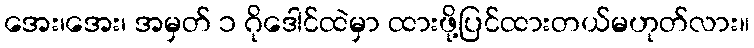
အေး၊အေး၊ အမှတ် ၁ ဂိုဒေါင်ထဲမှာ ထားဖို့ပြင်ထားတယ်မဟုတ်လား။